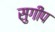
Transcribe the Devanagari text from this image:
सुगीप